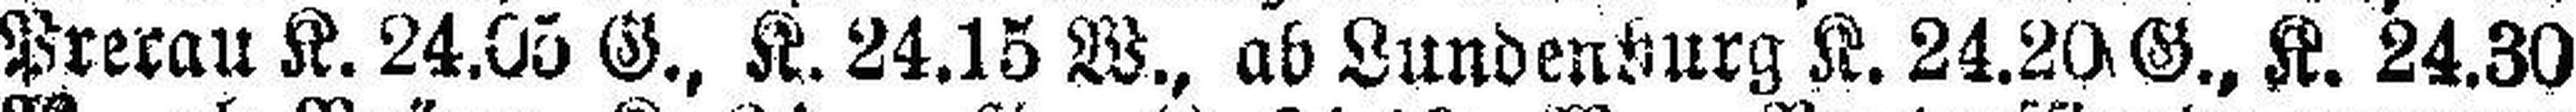
Prerau K. 24.05 G., K. 24.15 W., ab Lundenburg K. 24.20 G., K. 24.30